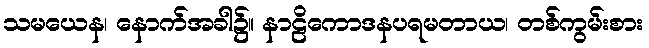
သမယေန၊ နောက်အခါ၌။ နာဠိကောဒနပရမတာယ၊ တစ်ကွမ်းစား